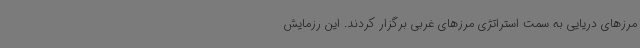
مرزهای دریایی به سمت استراتژی مرزهای غربی برگزار کردند. این رزمایش